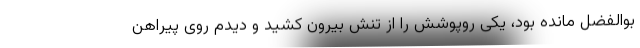
بوالفضل مانده بود، یکی روپوشش را از تنش بیرون کشید و دیدم روی پیراهن